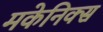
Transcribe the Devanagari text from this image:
मकेनिक्स